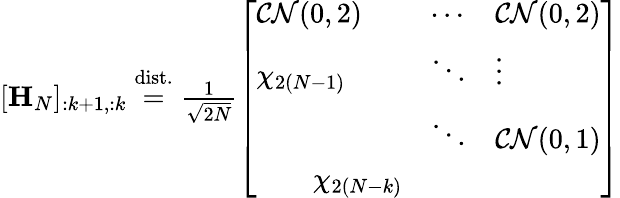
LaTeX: \begin{array}{r}{[\mathbf{H}_{N}]_{:k+1,:k}\stackrel{\mathrm{dist.}}{=}\frac{1}{\sqrt{2N}}\left[\begin{array}{lll}{\mathcal{CN}(0,2)}&{\cdots}&{\mathcal{CN}(0,2)}\\ {\chi_{2(N-1)}}&{\ddots}&{\vdots}\\ &{\ddots}&{\mathcal{CN}(0,1)}\\ {\qquad\chi_{2(N-k)}}&\end{array}\right]}\end{array}